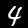
Label: 4